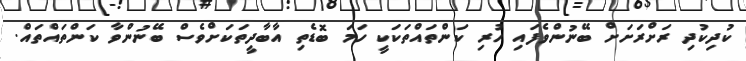
ކުދިކުދި ރަށްރަށަށް ބޭނުންވެފައި ހުރި ކަންތައްތަކަކީ ހަމަ ބޮޑެތި އާބާދީތަކަށްވެސް ބޭނުންވާ ކަންތައްތައް.